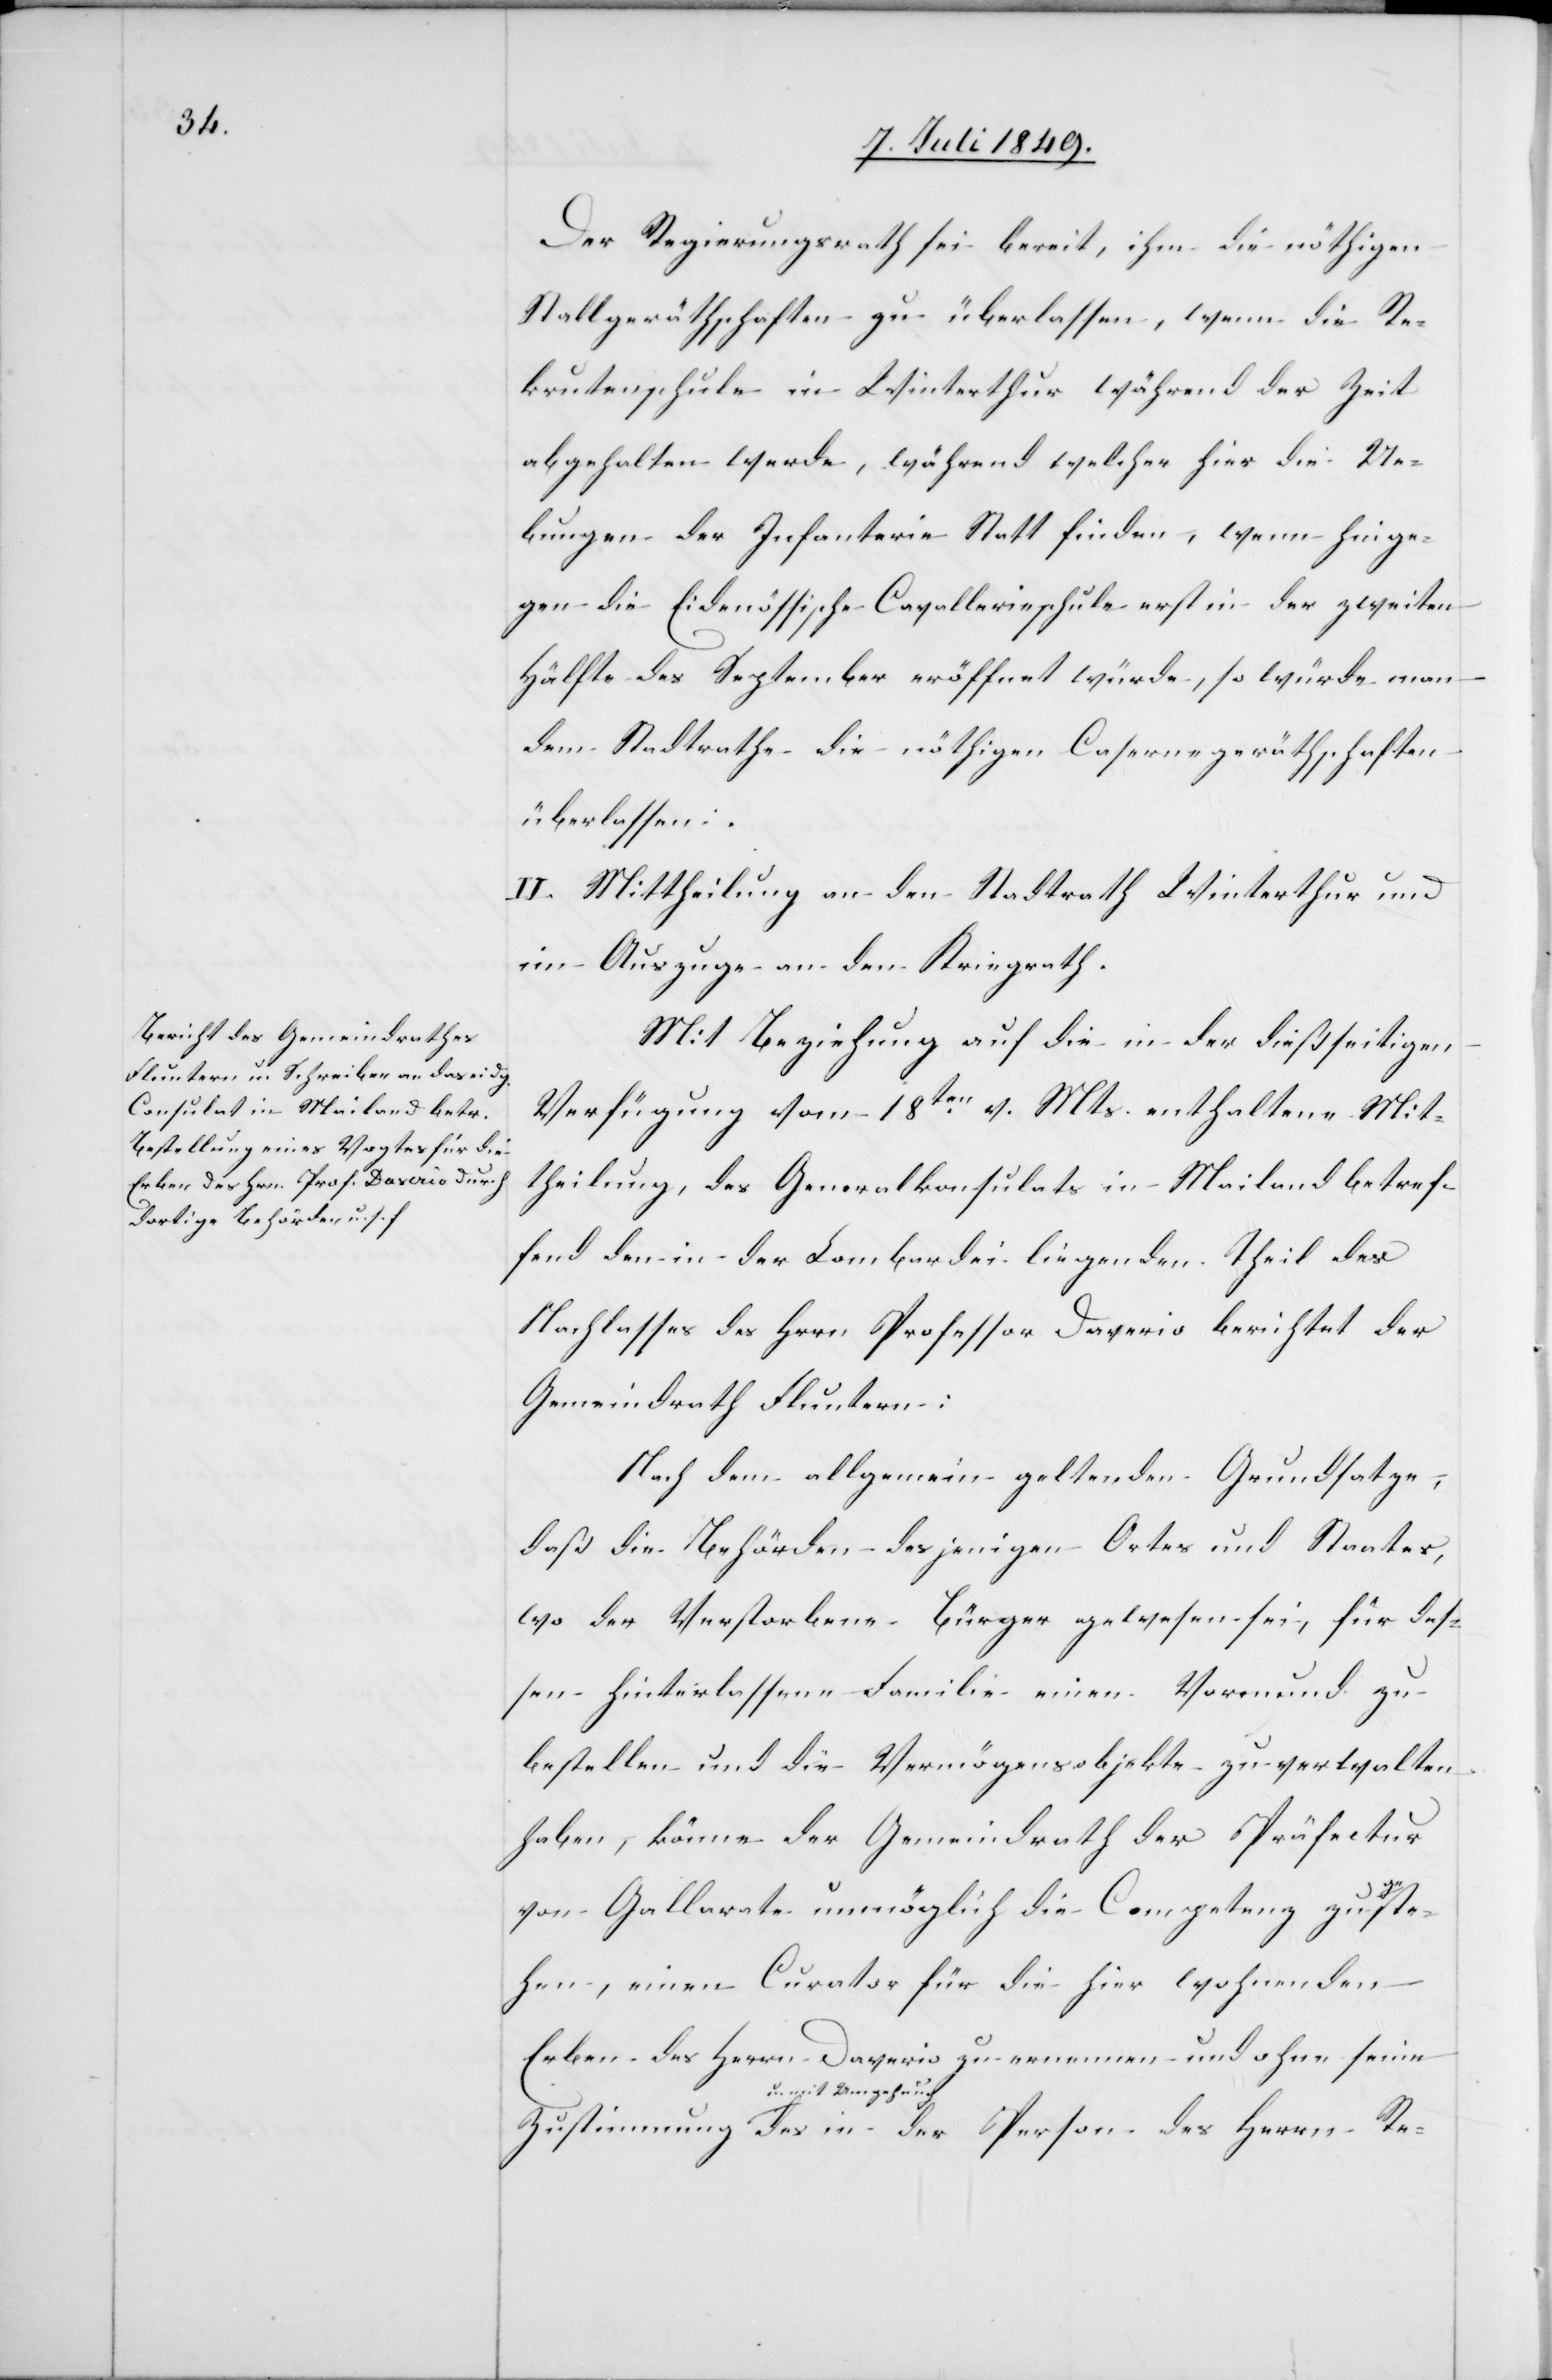
Der Regierungsrath sei bereit, ihm die nöthigen
Stallgeräthschaften zu überlassen, wenn die Re¬
krutenschule in Winterthur während der Zeit
abgehalten werde, während welcher hier die Ue¬
bungen der Infanterie Statt finden, wenn hinge¬
gen die Eidgenössische Cavallerieschule erst in der zweiten
Hälfte des September eröffnet würde, so würde man
dem Stadtrathe die nöthigen Casernegeräthschaften
überlassen:
II. Mittheilung an den Stadtrath Winterthur und
im Auszuge an den Kriegrath.
Mit Beziehung auf die in der dießseitigen
Verfügung vom 18ten v. Mts. enthaltene Mit¬
theilung, des Generalkonsulats in Mailand betref¬
fend den in der Lombardei liegenden Theil des
Nachlasses des H[e]rrn Professor Daverio berichtet der
Gemeindrath Fluntern:
Nach dem allgemein geltenden Grundsatze,
daß die Behörden desjenigen Ortes und Staates,
wo der Verstorbene Bürger gewesen sei, für des¬
sen hinterlassene Familie einen Vormund zu
bestellen und die Vermögensobjekte zu verwalten
haben, könne der Gemeindrath der Präfectur
von Gallarate unmöglich die Competenz zu geste¬
hen, einen Curator für die hier wohnenden
Erben des Herrn Daverio zu ernennen und ohne seine